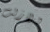
ولازلت